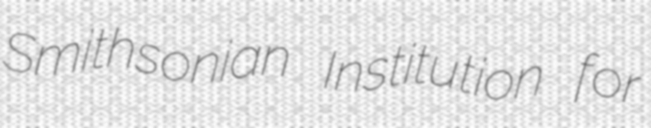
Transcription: Smithsonian Institution for